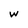
Character: w